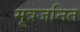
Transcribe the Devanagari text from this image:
मूत्रजनित